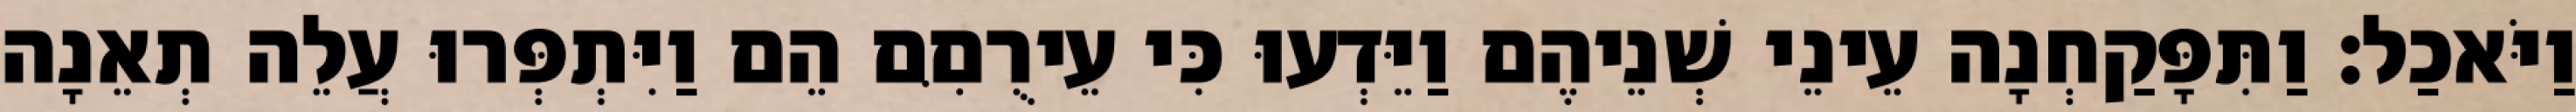
וַיֹּאכַל׃ וַתִּפָּקַחְנָה עֵינֵי שְׁנֵיהֶם וַיֵּדְעוּ כִּי עֵירֻםִּם הֵם וַיִּתְפְּרוּ עֲלֵה תְאֵנָה